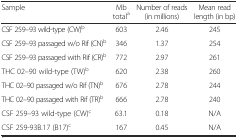
<table><thead><tr><td><b>Sample</b></td><td><b>Mb total<sup>a</sup></b></td><td><b>Number of reads (in millions)</b></td><td><b>Mean read length (in bp)</b></td></tr></thead><tbody><tr><td>CSF 259–93 wild-type (CW)<sup>b</sup></td><td>603</td><td>2.46</td><td>245</td></tr><tr><td>CSF 259–93 passaged w/o Rif (CN)<sup>b</sup></td><td>346</td><td>1.37</td><td>254</td></tr><tr><td>CSF 259–93 passaged with Rif (CR)<sup>b</sup></td><td>772</td><td>2.97</td><td>261</td></tr><tr><td>THC 02–90 wild-type (TW)<sup>b</sup></td><td>620</td><td>2.38</td><td>260</td></tr><tr><td>THC 02–90 passaged w/o Rif (TN)<sup>b</sup></td><td>676</td><td>2.78</td><td>244</td></tr><tr><td>THC 02–90 passaged with Rif (TR)<sup>b</sup></td><td>666</td><td>2.78</td><td>240</td></tr><tr><td>CSF 259–93 wild-type (CW)<sup>c</sup></td><td>63.1</td><td>0.18</td><td>N/A</td></tr><tr><td>CSF 259-93B.17 (B17)<sup>c</sup></td><td>167</td><td>0.45</td><td>N/A</td></tr></tbody></table>